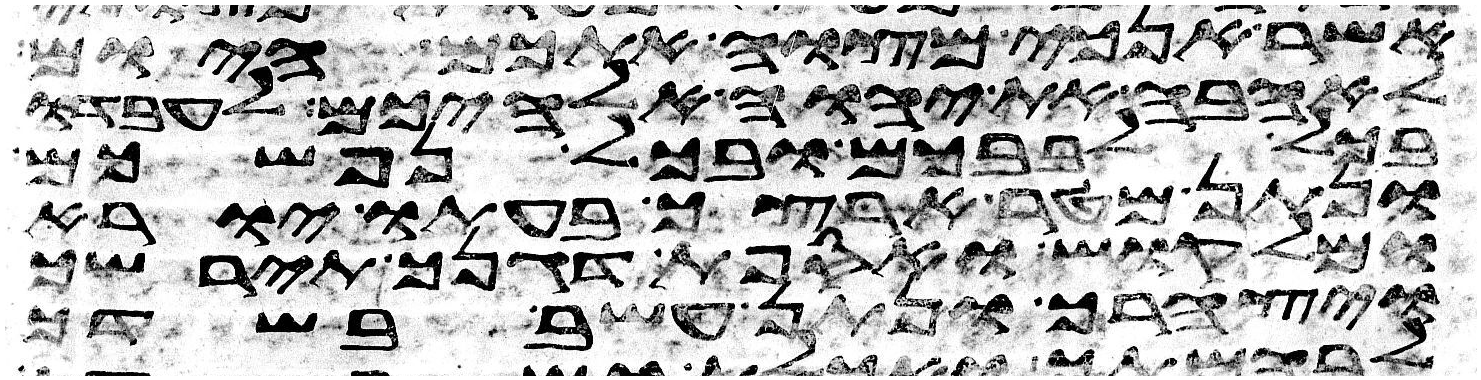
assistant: אשר אנכי מצוה אתכם היום
לאהבה את יהוה אלהיכם לעבדו
בכל לבבכם ובכל נפשכם
ונתן מטר ארצך בעתו יורא
ומלקוש ואספת דגנך תירשך
ויצהרך ונתן עשב בשדך